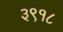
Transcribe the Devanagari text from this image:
३९१८